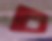
চ